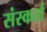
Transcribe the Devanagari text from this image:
संस्कर्ता